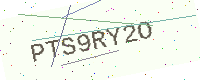
Text: PTS9RY2O